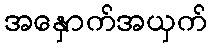
အနှောက်အယှက်